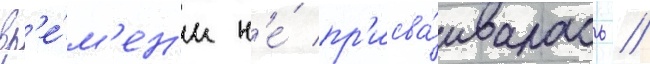
вр'е́м'ен'и н'е́ пр'исва́ивалась //